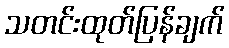
သတင်းထုတ်ပြန်ချက်